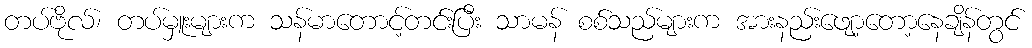
တပ်ဗိုလ်၊ တပ်မှူးများက သန်မာတောင့်တင်းပြီး သာမန် စစ်သည်များက အားနည်းဖျော့တော့နေချိန်တွင်